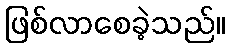
ဖြစ်လာစေခဲ့သည်။